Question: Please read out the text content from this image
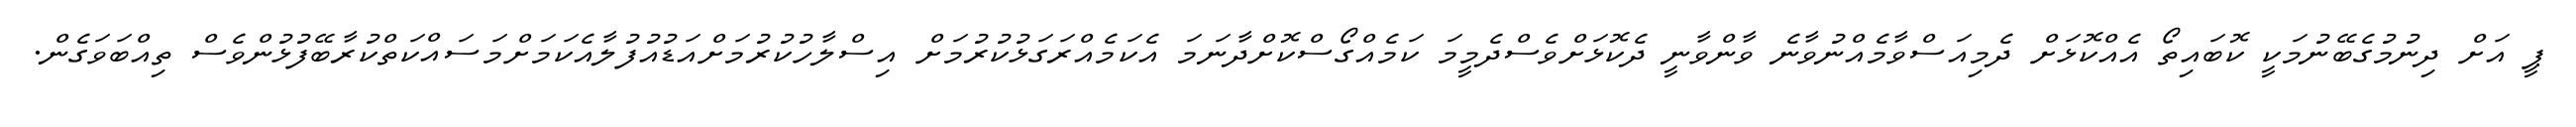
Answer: ޕީ އަށް ދިނުމުގެބޭނުމަކީ ކޮބައިތޯ އެއްކޮޅަށް ދެމިއަސްވާމެއްނުވާނެ ވާންވާނީ ދެކޮޅަށްވެސްދެމީމަ ކަމެއްގޯސްކޮށްދާނަމަ އެކަމެއްރަގަޅުކުރުމަށް އިސްލާހުކުރުމަށްއަޑުއުފުލާއެކަމަށްމަސައްކަތްކުރާބޭފުޅުންވެސް ތިއްބަވަގެން.